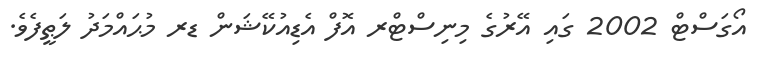
އޯގަސްޓް 2002 ގައި އޭރުގެ މިނިސްޓްރ އޮފް އެޑިއުކޭޝަން ޑރ މުޙައްމަދު ލަޠީފެވެ.